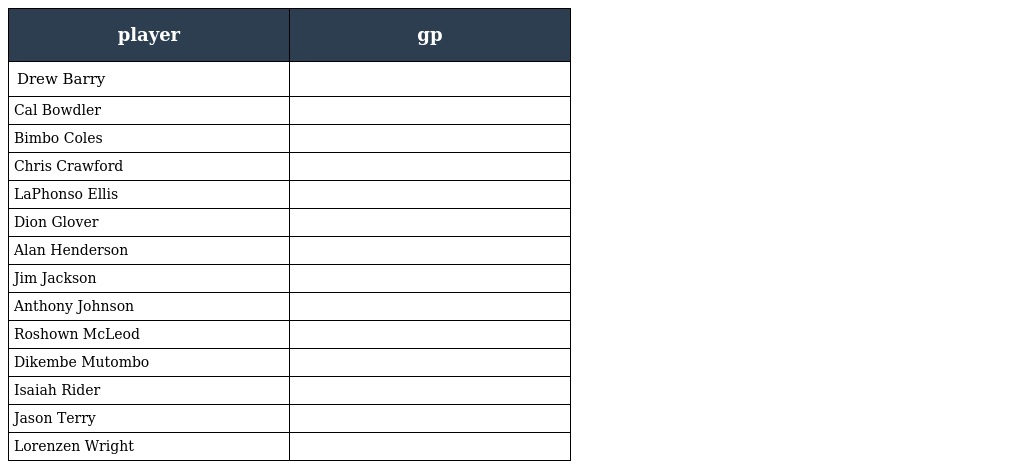
| player | gp |
 | --- | --- |
 | Drew Barry |  |
 | Cal Bowdler |  |
 | Bimbo Coles |  |
 | Chris Crawford |  |
 | LaPhonso Ellis |  |
 | Dion Glover |  |
 | Alan Henderson |  |
 | Jim Jackson |  |
 | Anthony Johnson |  |
 | Roshown McLeod |  |
 | Dikembe Mutombo |  |
 | Isaiah Rider |  |
 | Jason Terry |  |
 | Lorenzen Wright |  |